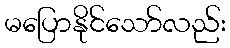
မပြောနိုင်သော်လည်း